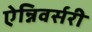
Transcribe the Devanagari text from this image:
ऐन्निवर्सरी